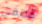
ملتقى